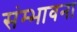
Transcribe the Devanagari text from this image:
संम्भावना